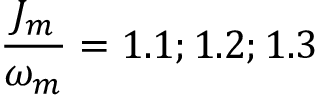
\frac { J _ { m } } { \omega _ { m } } = 1 . 1 ; 1 . 2 ; 1 . 3